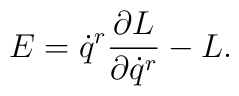
E = \dot q^r \frac{\partial L}{\partial \dot q^r} - L .